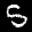
Label: 5